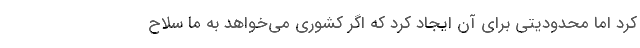
کرد اما محدودیتی برای آن ایجاد کرد که اگر کشوری می‌خواهد به ما سلاح